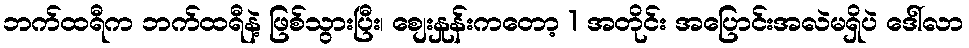
ဘက်ထရီက ဘက်ထရီနဲ့ ဖြစ်သွားပြီး၊ စျေးနှုန်းကတော့ 1 အတိုင်း အပြောင်းအလဲမရှိပဲ ဒေါ်လာ